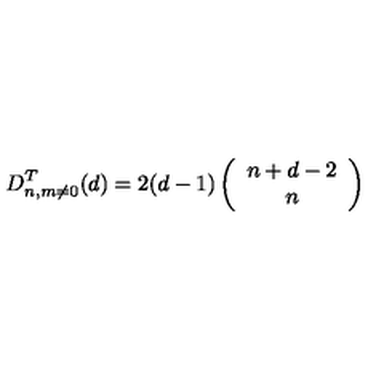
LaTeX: D _ { n , m \neq 0 } ^ { T } ( d ) = 2 ( d - 1 ) \left( \begin{array} { c } { n + d - 2 } \\ { n } \\ \end{array} \right)